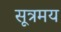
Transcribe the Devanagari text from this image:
सूत्रमय